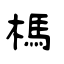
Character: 榪